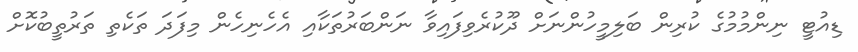
ޑިއުޓީ ނިންމުމުގެ ކުރިން ބަލިމީހުންނަށް ދޫކުރެވިފައިވާ ނަންބަރުތަކާއި އެހެނިހެން މިފަދަ ތަކެތި ތަރުތީބުކޮށް